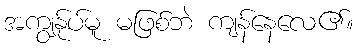
အကျွန်ုပ်မူ မဖြစ်ဘဲ ကျန်နေလေ၏။